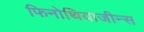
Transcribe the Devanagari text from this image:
फिनोथियाजीन्स